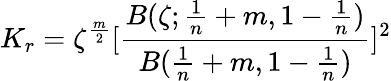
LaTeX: K_{r}=\zeta^{\frac{m}{2}}[\frac{B(\zeta;\frac{1}{n}+m,1-\frac{1}{n})}{B(\frac{1}{n}+m,1-\frac{1}{n})}]^{2}